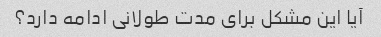
آیا این مشکل برای مدت طولانی ادامه دارد؟